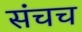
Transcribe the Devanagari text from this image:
संचच